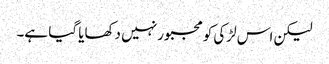
لیکن اس لڑکی کو مجبور نہیں دکھایا گیا ہے۔